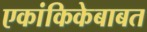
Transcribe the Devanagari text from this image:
एकांकिकेबाबत